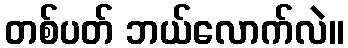
တစ်ပတ် ဘယ်လောက်လဲ။